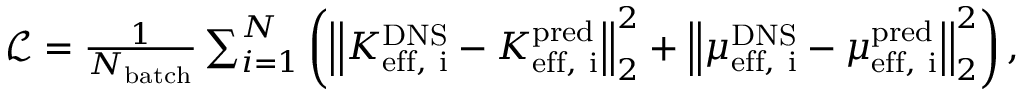
\begin{array} { r } { \mathcal { L } = \frac { 1 } { N _ { \mathrm { b a t c h } } } \sum _ { i = 1 } ^ { N } \left( \left| \left| K _ { \mathrm { e f f , ~ i } } ^ { \mathrm { D N S } } - K _ { \mathrm { e f f , ~ i } } ^ { \mathrm { p r e d } } \right| \right| _ { 2 } ^ { 2 } + \left| \left| \mu _ { \mathrm { e f f , ~ i } } ^ { \mathrm { D N S } } - \mu _ { \mathrm { e f f , ~ i } } ^ { \mathrm { p r e d } } \right| \right| _ { 2 } ^ { 2 } \right) , } \end{array}